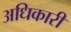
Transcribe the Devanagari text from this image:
अधिकारी